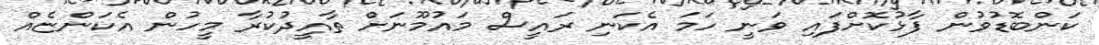
ކަންބޮޑުވުން ފާޅުކޮށްފައި ވަނީ ހަމަ އެކަނި ރައީސް މައުމޫނަށް ތާއީދުކުރާ މީހުން އެކަންޏެއް